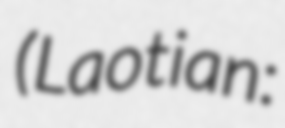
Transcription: (Laotian: